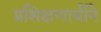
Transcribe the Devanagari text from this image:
प्रशिक्षणार्थीने